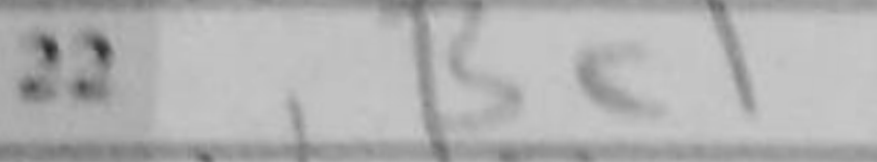
Transcription: Bc1